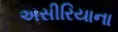
અસીરિયાના